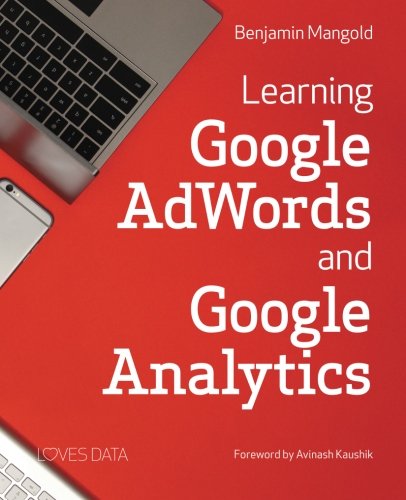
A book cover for Learning Google AdWords and Google Analytics; Benjamin Mangold; Computers & Technology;